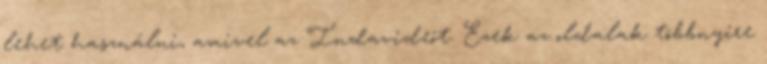
lehet használni, amivel az Indavideót. Ezek az oldalak többnyire